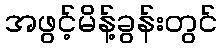
အဖွင့်မိန့်ခွန်းတွင်